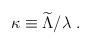
LaTeX: \begin{align*}\kappa\equiv{\widetilde \Lambda}/\lambda~.\end{align*}